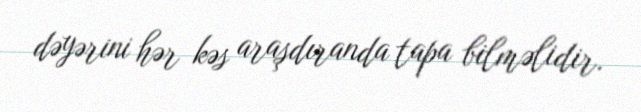
dəyərini hər kəs araşdıranda tapa bilməlidir.